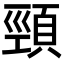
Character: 頸